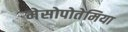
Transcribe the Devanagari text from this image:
मेसोपोतेमिया